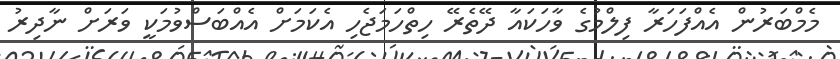
މެމްބަރުން އެއްފަހަރާ ފިލްމުގެ ވާހަކައާ ދޭތެރޭ ހިތްހަމަޖެހި އެކަމަށް އެއްބަސްވުމަކީ ވަރަށް ނާދިރު